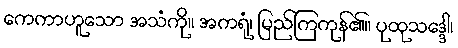
ကေကာဟူသော အသံကို။ အကရုံ၊ မြည်ကြကုန်၏။ ပုထုသဒ္ဒေါ၊